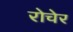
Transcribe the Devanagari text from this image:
रोचेर